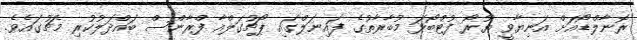
ރޮނާލްޑޯއަށް އަނިޔާވީ ޔޫރޯ ފުޓްބޯޅަ މުބާރާތުގެ ފައިނަލްގައި ޕޯޗުގަލްއާ ފްރާންސް ބައްދަލުކުރި މެޗުގައެވެ.